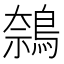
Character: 𬷝